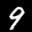
Label: 9